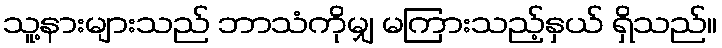
သူ့နားများသည် ဘာသံကိုမျှ မကြားသည့်နှယ် ရှိသည်။